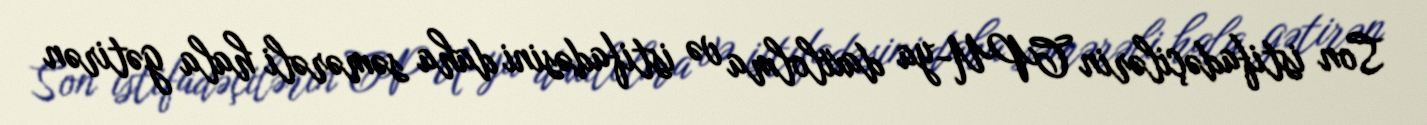
Son istifadəçilərin CPU-ya daxilolma və istifadəsini daha səmərəli hala gətirən